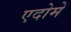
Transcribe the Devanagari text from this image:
एदोमे